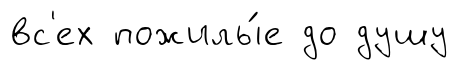
вс'ех пожилы́е до душу